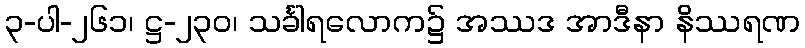
၃-ပါ-၂၆၁၊ ဋ္ဌ-၂၃၀၊ သင်္ခါရလောက၌ အဿဒ အာဒီနာ နိဿရဏ